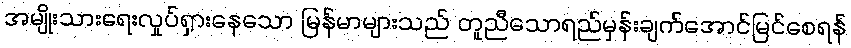
အမျိုးသားရေးလှုပ်ရှားနေသော မြန်မာများသည် တူညီသောရည်မှန်းချက်အောင်မြင်စေရန်